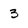
Character: 3